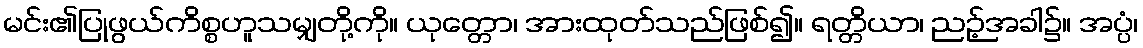
မင်း၏ပြုဖွယ်ကိစ္စဟူသမျှတို့ကို။ ယုတ္တော၊ အားထုတ်သည်ဖြစ်၍။ ရတ္တိယာ၊ ညဉ့်အခါ၌။ အပ္ပံ၊